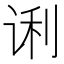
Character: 𰵭